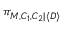
\pi _ { M , C _ { 1 } , C _ { 2 } | \langle \boldsymbol { D } \rangle }